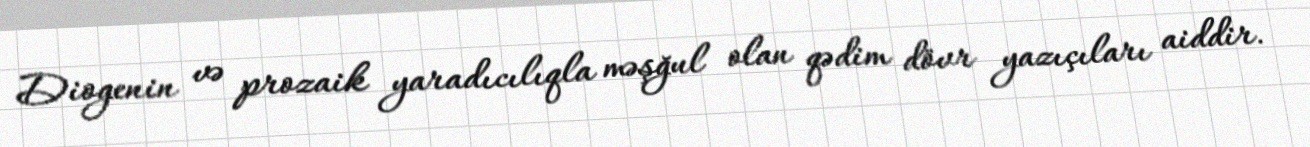
Diogenin və prozaik yaradıcılıqla məşğul olan qədim dövr yazıçıları aiddir.